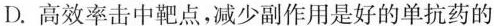
D.高效率击中靶点,减少副作用是好的单抗药的